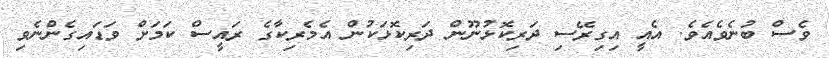
ވެސް ބުނެވެއެވެ. އެއީ އިގިރޭސި ދަރިކޮޅުނޫން ދަރިކޮޅަކުން އެމެރިކާގެ ރައީސް ކަމަށް ވަޑައިގެންނެވި